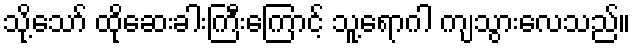
သို့သော် ထိုဆေးခါးကြီးကြောင့် သူ့ရောဂါ ကျသွားလေသည်။